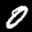
Label: 0